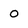
Character: o